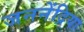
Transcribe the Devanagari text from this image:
जननेंद्रिया